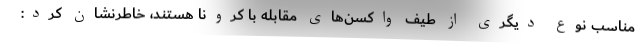
مناسب نوع دیگری از طیف واکسن‌های مقابله با کرونا هستند، خاطرنشان کرد: